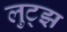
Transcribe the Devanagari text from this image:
लुट्झ